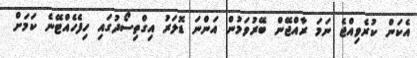
އެކަން ކުރެވިއްޖެ ނަމަ ރާއްޖޭން ބޭރުވަމުން އަންނަ ޑޮލަރު އިގްތިސޯދުގައި ހިފެހެއްޓޭނެ ކަމަށް